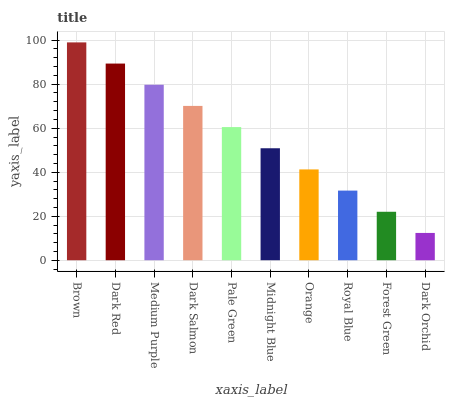
| xaxis_label | bars |
 | --- | --- |
 | Brown | 99 |
 | Dark Red | 89.4 |
 | Medium Purple | 79.8 |
 | Dark Salmon | 70.1 |
 | Pale Green | 60.5 |
 | Midnight Blue | 50.9 |
 | Orange | 41.3 |
 | Royal Blue | 31.6 |
 | Forest Green | 22 |
 | Dark Orchid | 12.4 |